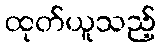
ထုတ်ယူသည့်